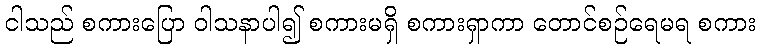
ငါသည် စကားပြော ဝါသနာပါ၍ စကားမရှိ စကားရှာကာ တောင်စဉ်ရေမရ စကား